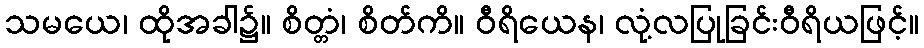
သမယေ၊ ထိုအခါ၌။ စိတ္တံ၊ စိတ်ကိ။ ဝီရိယေန၊ လုံ့လပြုခြင်းဝီရိယဖြင့်။